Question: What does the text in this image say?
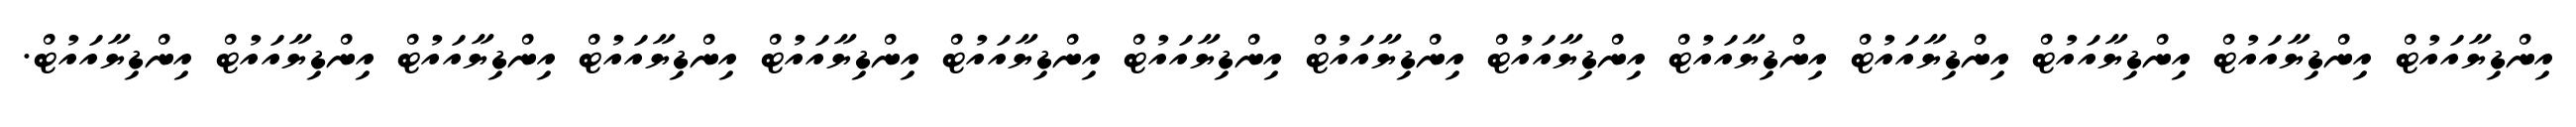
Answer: އިންޑިޔާއައުޓް އިންޑިޔާއައުޓް އިންޑިޔާއައުޓް އިންޑިޔާއައުޓް އިންޑިޔާއައުޓް އިންޑިޔާއައުޓް އިންޑިޔާއައުޓް އިންޑިޔާއައުޓް އިންޑިޔާއައުޓް އިންޑިޔާއައުޓް އިންޑިޔާއައުޓް އިންޑިޔާއައުޓް އިންޑިޔާއައުޓް އިންޑިޔާއައުޓް.